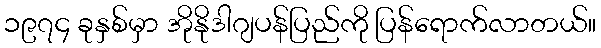
၁၉၇၄ ခုနှစ်မှာ အိုနိုဒါဂျပန်ပြည်ကို ပြန်ရောက်လာတယ်။